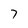
Character: 7